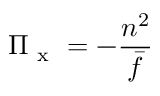
\Pi _ { \mathrm { ~ x ~ } } = - \frac { n ^ { 2 } } { \bar { f } }